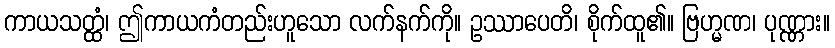
ကာယသတ္ထံ၊ ဤကာယကံတည်းဟူသော လက်နက်ကို။ ဥဿာပေတိ၊ စိုက်ထူ၏။ ဗြဟ္မဏ၊ ပုဏ္ဏား။